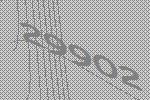
29902